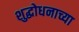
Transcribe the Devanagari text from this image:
शुद्धोधनाच्या